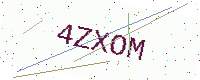
Text: 4ZXOM